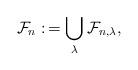
LaTeX: \begin{align*}\mathcal{F}_{n} :\,=\bigcup_{\lambda} \mathcal{F}_{n,\lambda},\end{align*}